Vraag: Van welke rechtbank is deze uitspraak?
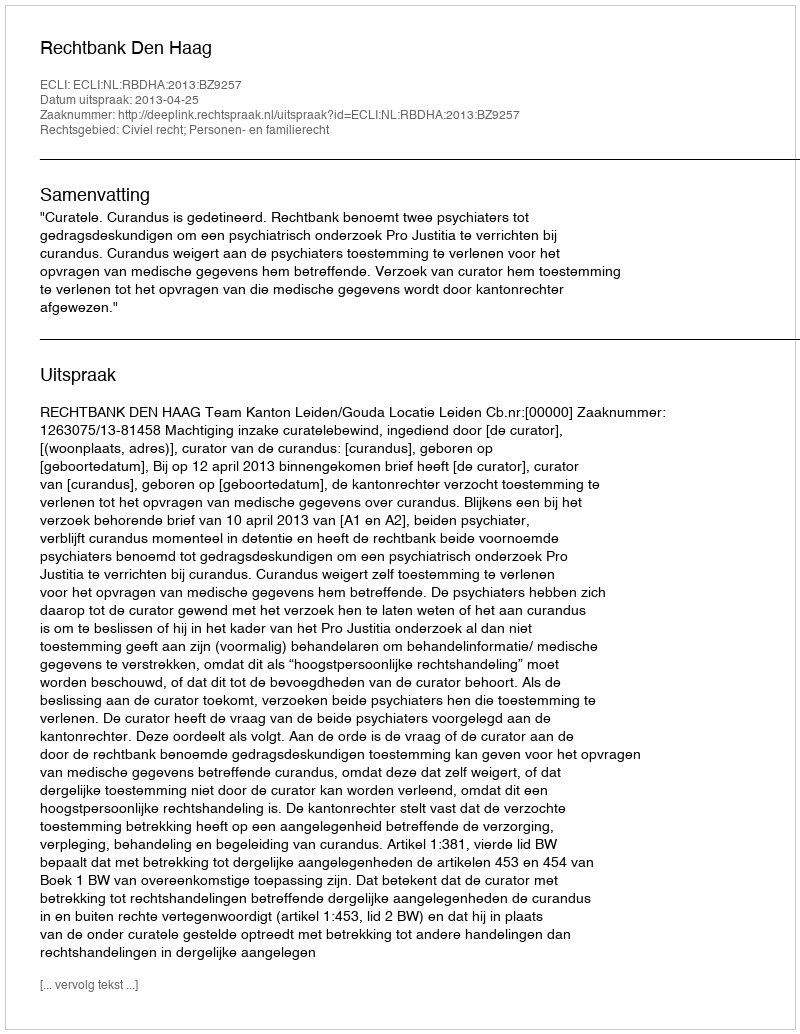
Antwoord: Rechtbank Den Haag